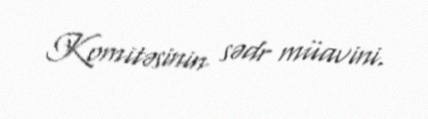
Komitəsinin sədr müavini.